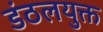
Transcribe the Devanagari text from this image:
डंठलयुक्त